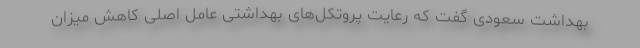
بهداشت سعودی گفت که رعایت پروتکل‌های بهداشتی عامل اصلی کاهش میزان